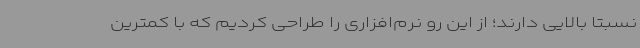
نسبتاً بالایی دارند؛ از این رو نرم‌افزاری را طراحی کردیم که با کمترین